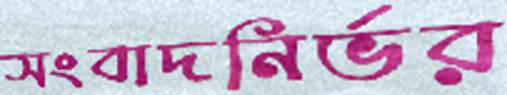
সংবাদনির্ভর